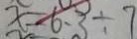
x = 6 . 3 \div 7